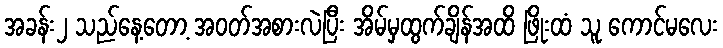
အခန်း၂ သည်နေ့တော့ အဝတ်အစားလဲပြီး အိမ်မှထွက်ချိန်အထိ ဖြိုးထံ သူ ကောင်မလေး